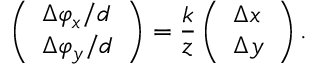
\left( \begin{array} { l } { \Delta \varphi _ { x } / d } \\ { \Delta \varphi _ { y } / d } \end{array} \right) = \frac { k } { z } \left( \begin{array} { l } { \Delta x } \\ { \Delta y } \end{array} \right) .